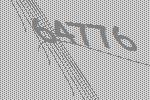
64776